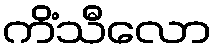
ကိံသီလော